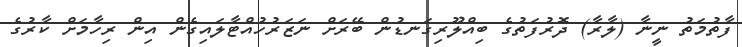
ފާތުމަތު ނީނާ (ލާރާ) ދޮރުފަތުގެ ބިއްލޫރިގަނޑުން ބޭރަށް ނަޒަރުހުއްޓާލައިގެން އިން ރިހާމަށް ކާރުގެ